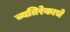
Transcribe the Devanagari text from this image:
व्यतिरेकाचे